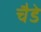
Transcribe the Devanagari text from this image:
चैडे